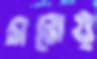
সমেয়